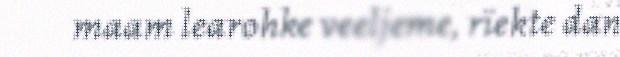
maam learohke veeljeme, rïekte dan